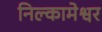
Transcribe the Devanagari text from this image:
निल्कामेश्वर